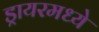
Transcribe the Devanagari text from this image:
ड्रायरमध्ये